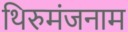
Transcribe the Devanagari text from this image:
थिरुमंजनाम